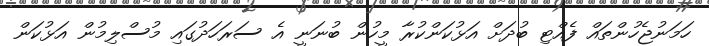
ހަމަނުޖެހުންތައް ފެއްޓި ބުދަށް އަޅުކަންކުރާ މީހުން ބުނަނީ އެ ސަރަހަދުގައި މުސްލިމުން އަޅުކަން